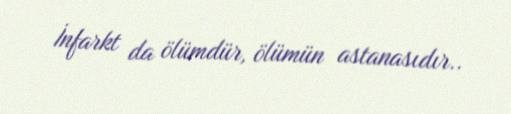
İnfarkt da ölümdür, ölümün astanasıdır..